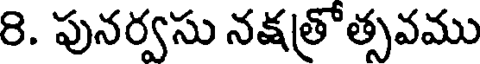
8. పునర్వసు నక్షత్రోత్సవము